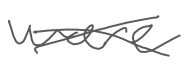
Text: were
Cross-out: cross
Writing tool: digital_gray